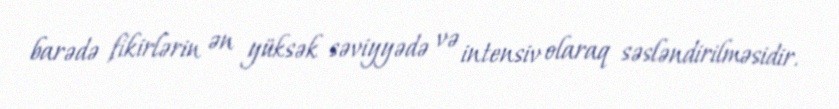
barədə fikirlərin ən yüksək səviyyədə və intensiv olaraq səsləndirilməsidir.